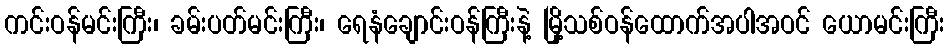
ကင်းဝန်မင်းကြီး၊ ခမ်းပတ်မင်းကြီး၊ ရေနံချောင်းဝန်ကြီးနဲ့ မြို့သစ်ဝန်ထောက်အပါအဝင် ယောမင်းကြီး